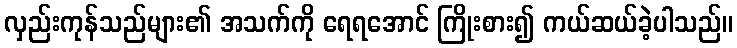
လှည်းကုန်သည်များ၏ အသက်ကို ရေရအောင် ကြိုးစား၍ ကယ်ဆယ်ခဲ့ပါသည်။